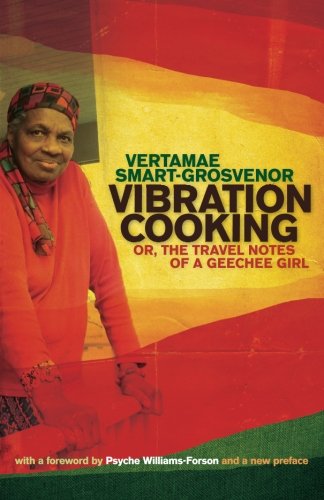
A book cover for Vibration Cooking: or, The Travel Notes of a Geechee Girl; Vertamae Smart-Grosvenor; Cookbooks, Food & Wine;